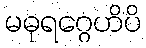
မဓုရဂ္ဂေဟိပိ